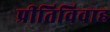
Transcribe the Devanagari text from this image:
प्रीतिविवाह